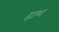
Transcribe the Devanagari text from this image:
हाश